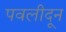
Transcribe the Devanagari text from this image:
पवलीदून